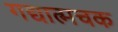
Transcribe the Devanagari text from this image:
गद्यात्मचक